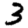
Digit: 3